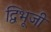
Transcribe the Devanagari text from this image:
द्विभूजी